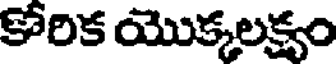
కొరిక యొక్కలక్ష్యం